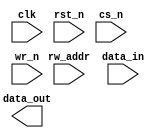
////////////////////////////////////////////////////////////////////////////////
//
//       This confidential and proprietary software may be used only
//     as authorized by a licensing agreement from Synopsys Inc.
//     In the event of publication, the following notice is applicable:
//
//                    (C) COPYRIGHT 1999 - 2023 SYNOPSYS INC.
//                           ALL RIGHTS RESERVED
//
//       The entire notice above must be reproduced on all authorized
//     copies.
//
//
// VERSION:   DW_ram_rw_s_dff Verilog Simulation Model
//
// DesignWare_version: 45b38df5
// DesignWare_release: U-2022.12-DWBB_202212.5
//
////////////////////////////////////////////////////////////////////////////////
//----------------------------------------------------------------------
// ABSTRACT:  Asynchronous single port RAM (Flip-Flop Based)
//            Depth parameter: depth             [ 2 to 2048 ]
//            Data width parameter: data_width   [ 1 to 1024 ]
//            Reset (active low): rst_n
//            Chip select (active low): cs_n
//            Write enable (active low): wr_n
//	      Test enable (active high): test_mode
//            Test clock: test_clk
//            Read Write Address: rw_addr[addr_width-1:0]
//            Input data: data_in[data_width-1:0]
//            Output data : data_out[data_width-1:0]
//
//	MODIFIED:
//		100599	Jay Zhu		Rewrote for STAR91151/STAR93158
//              10/18/00  RPH       Rewrote accoding to new guidelines 
//                                  STAR 111067   
//              06/27/01  RJK       Rewritten again (STAR 119685)
//              2/18/09   RJK       Corrected default value for rst_mode
//				    STAR 9000294457
//              9/10/14   RJK       Eliminated common async and sync reset coding
//				    style to support VCS NLP
//              5/03/15   RJK       Eliminated "next state evaluation in seq block"
//				    coding style to support VCS NLP
//----------------------------------------------------------------------

  module DW_ram_rw_s_dff (clk, rst_n, cs_n, wr_n,
			  rw_addr, data_in, data_out);

   parameter integer data_width = 4;
   parameter integer depth = 8;
   parameter integer rst_mode = 1;

`define DW_addr_width ((depth>256)?((depth>4096)?((depth>16384)?((depth>32768)?16:15):((depth>8192)?14:13)):((depth>1024)?((depth>2048)?12:11):((depth>512)?10:9))):((depth>16)?((depth>64)?((depth>128)?8:7):((depth>32)?6:5)):((depth>4)?((depth>8)?4:3):((depth>2)?2:1))))

   input     clk;
   input     rst_n;
   input     cs_n;
   input     wr_n;
   input [`DW_addr_width-1:0] rw_addr;
   input [data_width-1:0]  data_in;

   output [data_width-1:0] data_out;

   // synopsys translate_off
   wire [data_width-1:0]   data_in;
   reg [depth*data_width-1:0]    next_mem;
   reg [depth*data_width-1:0]    mem;
  wire [depth*data_width-1:0]    mem_mux;
   

   
  
 
  initial begin : parameter_check
    integer param_err_flg;

    param_err_flg = 0;
    
	    
  
    if ( (data_width < 1) || (data_width > 2048) ) begin
      param_err_flg = 1;
      $display(
	"ERROR: %m :\n  Invalid value (%d) for parameter data_width (legal range: 1 to 2048)",
	data_width );
    end
  
    if ( (depth < 2) || (depth > 1024 ) ) begin
      param_err_flg = 1;
      $display(
	"ERROR: %m :\n  Invalid value (%d) for parameter depth (legal range: 2 to 1024 )",
	depth );
    end
  
    if ( (rst_mode < 0) || (rst_mode > 1 ) ) begin
      param_err_flg = 1;
      $display(
	"ERROR: %m :\n  Invalid value (%d) for parameter rst_mode (legal range: 0 to 1 )",
	rst_mode );
    end

  
    if ( param_err_flg == 1) begin
      $display(
        "%m :\n  Simulation aborted due to invalid parameter value(s)");
      $finish;
    end

  end // parameter_check 

   
   assign mem_mux = mem >> (rw_addr * data_width);

   assign data_out = ((rw_addr ^ rw_addr) !== {`DW_addr_width{1'b0}})? {data_width{1'bx}} : (
				((rw_addr >= depth)||(cs_n==1'b1))? {data_width{1'b0}} :
				   mem_mux[data_width-1 : 0] );
   
   always @ * begin : next_mem_PROC
      integer i, j;
      
   
      next_mem = mem;

      if ((cs_n | wr_n) !== 1'b1) begin
      
	 if ((rw_addr ^ rw_addr) !== {`DW_addr_width{1'b0}}) begin
	    next_mem = {depth*data_width{1'bx}};	

	 end else begin
         
	    if ((rw_addr < depth) && ((wr_n | cs_n) !== 1'b1)) begin
	       for (i=0 ; i < data_width ; i=i+1) begin
		  j = rw_addr*data_width + i;
		  next_mem[j] = ((wr_n | cs_n) == 1'b0)? data_in[i] | 1'b0
					: mem[j];
	       end // for
	    end // if
	 end // if-else
      end // if
   end

generate
 if (rst_mode == 0) begin : GEN_RM_EQ_0
   always @ (posedge clk or negedge rst_n) begin : ar_registers_PROC
      if (rst_n === 1'b0) begin
         mem <= {depth*data_width{1'b0}};
      end else begin
         if ( rst_n === 1'b1) begin
	    mem <= next_mem;
	 end else begin
	    mem <= {depth*data_width{1'bX}};
	 end
      end
   end // ar_registers
 end else begin : GEN_RM_NE_0
   always @ (posedge clk) begin : sr_registers_PROC
      if (rst_n === 1'b0) begin
         mem <= {depth*data_width{1'b0}};
      end else begin
         if ( rst_n === 1'b1) begin
	    mem <= next_mem;
	 end else begin
	    mem <= {depth*data_width{1'bX}};
	 end
      end
   end // sr_registers
 end
endgenerate

    
`ifndef DW_DISABLE_CLK_MONITOR
`ifndef DW_SUPPRESS_WARN
  always @ (clk) begin : clk_monitor 
    if ( (clk !== 1'b0) && (clk !== 1'b1) && ($time > 0) )
      $display ("WARNING: %m:\n at time = %0t: Detected unknown value, %b, on clk input.", $time, clk);
    end // clk_monitor 
`endif
`endif

// synopsys translate_on
`undef DW_addr_width
endmodule // DW_ram_r_w_s_dff